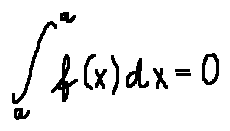
\int \limits _ { a } ^ { a } f ( x ) d x = 0